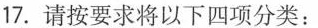
17.请按要求将以下四项分类：